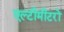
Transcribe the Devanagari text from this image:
एल्टीमीटरों